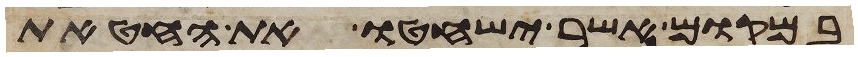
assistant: במקום אשר ישחטו את החטאת